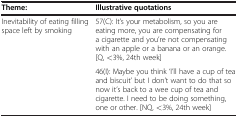
| Theme: | Illustrative quotations |
 | --- | --- |
 | Inevitability of eating filling space left by smoking | 57(C): It’s your metabolism, so you are eating more, you are compensating for a cigarette and you’re not compensating with an apple or a banana or an orange. [Q, <3%, 24th week] |
 |  | 46(I): Maybe you think ‘I’ll have a cup of tea and biscuit’ but I don’t want to do that so now it’s back to a wee cup of tea and cigarette. I need to be doing something, one or other. [NQ, <3%, 24th week] |